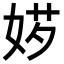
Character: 𡝅